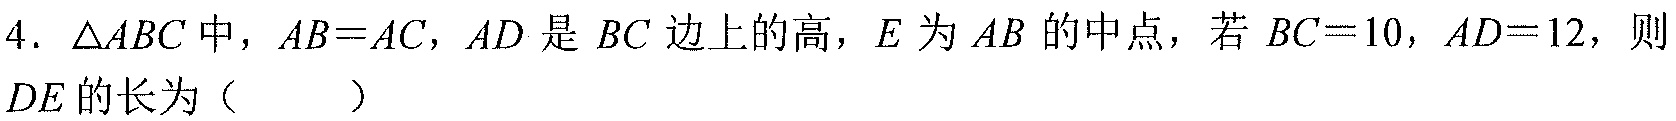
4. \(\triangle ABC\)中，\(AB = AC\)，\(AD\)是\(BC\)边上的高，\(E\)为\(AB\)的中点，若\(BC = 10\)，\(AD = 12\)，则\(DE\)的长为（  ）